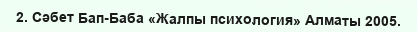
2. Сәбет Бап-Баба «Жалпы психология» Алматы 2005.